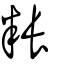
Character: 粻